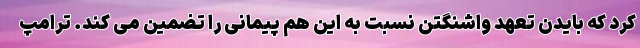
کرد که بایدن تعهد واشنگتن نسبت به این هم پیمانی را تضمین می کند. ترامپ